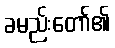
ခမည်းတော်၏